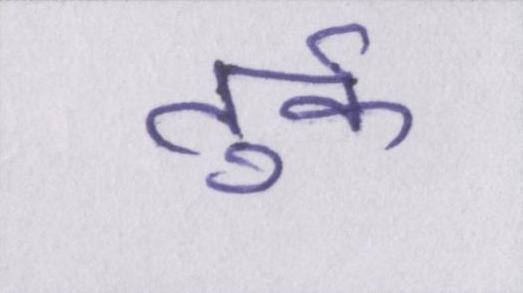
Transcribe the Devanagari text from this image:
तुर्क